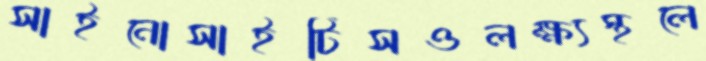
সাইনোসাইটিসওলক্ষ্যস্থলে